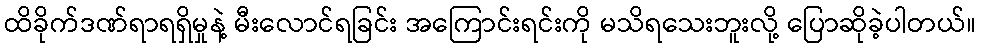
ထိခိုက်ဒဏ်ရာရရှိမှုနဲ့ မီးလောင်ရခြင်း အကြောင်းရင်းကို မသိရသေးဘူးလို့ ပြောဆိုခဲ့ပါတယ်။